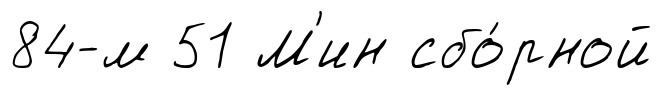
84-м 51 М'ин сбо́рной